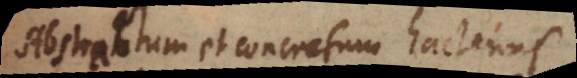
Abstractum et concretum hactenus